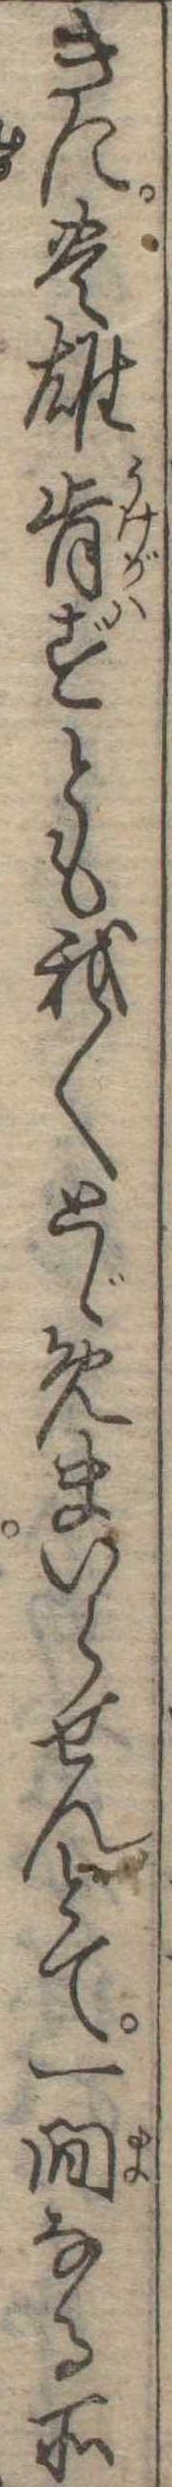
きに豊雄肯ずとも我〱とゞめまいらせんとて一間なる所